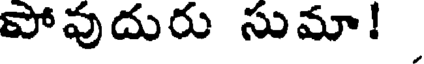
పోవుదురు సుమా!